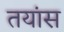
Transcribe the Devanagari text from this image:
तयांस